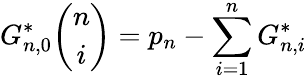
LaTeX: G_{n,0}^{*}\binom{n}{i}=p_{n}-\sum_{i=1}^{n}G_{n,i}^{*}